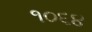
૧૦૬૪